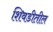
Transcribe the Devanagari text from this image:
शिवडीतील